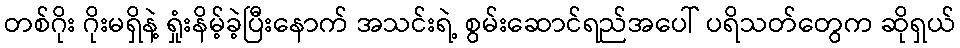
တစ်ဂိုး ဂိုးမရှိနဲ့ ရှုံးနိမ့်ခဲ့ပြီးနောက် အသင်းရဲ့ စွမ်းဆောင်ရည်အပေါ် ပရိသတ်တွေက ဆိုရှယ်